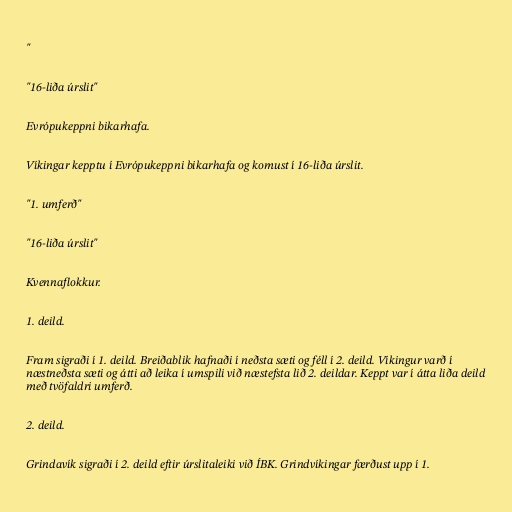
"

"16-liða úrslit"

Evrópukeppni bikarhafa.

Víkingar kepptu í Evrópukeppni bikarhafa og komust í 16-liða úrslit.

"1. umferð"

"16-liða úrslit"

Kvennaflokkur.

1. deild.

Fram sigraði í 1. deild. Breiðablik hafnaði í neðsta sæti og féll í 2. deild. Víkingur varð í
næstneðsta sæti og átti að leika í umspili við næstefsta lið 2. deildar. Keppt var í átta liða deild
með tvöfaldri umferð.

2. deild.

Grindavík sigraði í 2. deild eftir úrslitaleiki við ÍBK. Grindvíkingar færðust upp í 1.